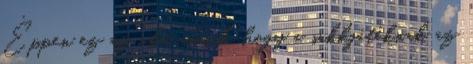
Éppen ez az oka annak, hogy a sakkjátéknak az